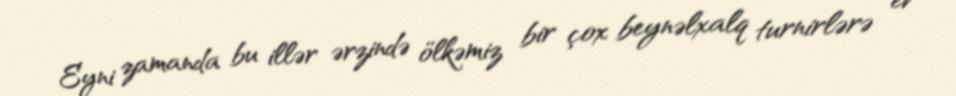
Eyni zamanda bu illər ərzində ölkəmiz bir çox beynəlxalq turnirlərə ev